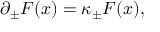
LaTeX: \partial _ { \pm } F ( x ) = \kappa _ { \pm } F ( x ) ,